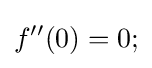
f''(0)=0;